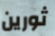
ثورين